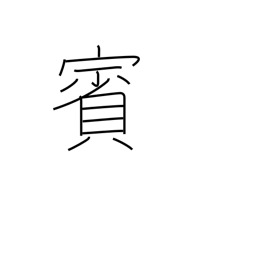
Meaning: guest